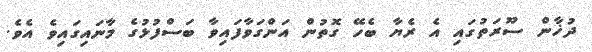
ދުޚާން ސޫރަތުގައި އެ ރެޔާ ބެހޭ ގޮތުން އަންގަވާފައިވާ ބަސްފުޅުގެ މާނައިގައިވެ އެވެ.